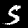
Label: 5